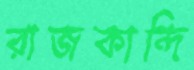
রাজকান্দি